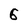
Character: 6